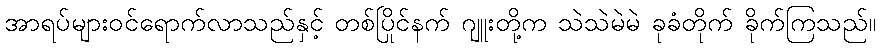
အာရပ်များဝင်ရောက်လာသည်နှင့် တစ်ပြိုင်နက် ဂျူးတို့က သဲသဲမဲမဲ ခုခံတိုက် ခိုက်ကြသည်။